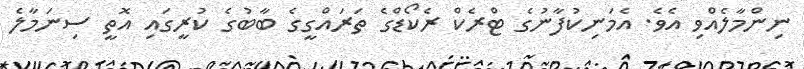
ނިންމާލެއްވި އެވެ. އެމަނިކުފާނުގެ ޓްރެކް ރެކޯޑްގެ ތަރައްގީގެ ބާބުގެ ކުރީގައި އޮތީ ސިނަމާލެ